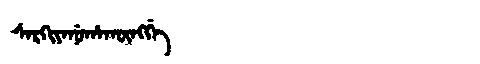
Manchu: ᠰᠠᡵᡴᡳᠶᠠᠨᡠᡥᠠᡴᡡᠩᡤᡝ
Romanization: SARKIYANUHAKŪNGGE